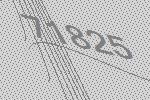
71825